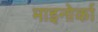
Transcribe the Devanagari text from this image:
माइनोर्का